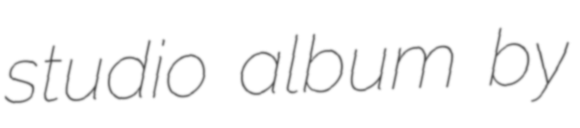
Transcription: studio album by